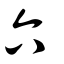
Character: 六